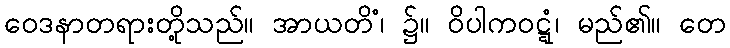
ဝေဒနာတရားတို့သည်။ အာယတိံ၊ ၌။ ဝိပါကဝဋ္ဋံ၊ မည်၏။ တေ